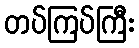
တပ်ကြပ်ကြီး